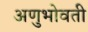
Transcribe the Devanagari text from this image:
अणुभोवती